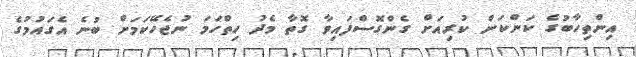
އިންތިހާބުގެ ކަންކަން ކުރިއަށް ގެންގޮސްފައިވާ ގޮތާ މެދު ހިތްހަމަ ނުޖެހޭކަމަށް ބުނެ އެގައުމުގެ